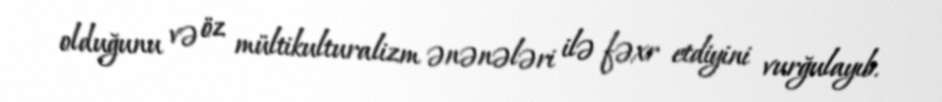
olduğunu və öz mültikulturalizm ənənələri ilə fəxr etdiyini vurğulayıb.